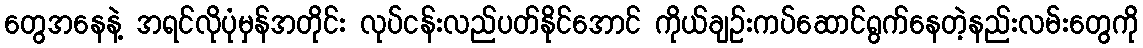
တွေအနေနဲ့ အရင်လိုပုံမှန်အတိုင်း လုပ်ငန်းလည်ပတ်နိုင်အောင် ကိုယ်ချဉ်းကပ်ဆောင်ရွက်နေတဲ့နည်းလမ်းတွေကို